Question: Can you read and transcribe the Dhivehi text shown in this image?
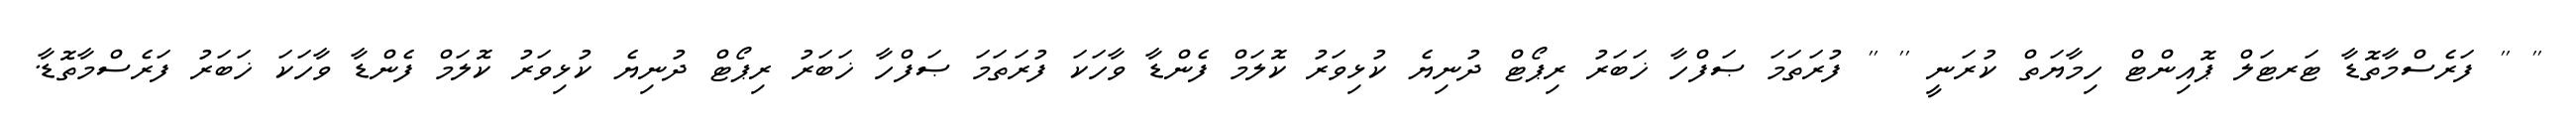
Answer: '' '' ފަރެސްމާތޮޑާ ޓަރޓަލް ޕޮއިންޓް ހިމާޔަތް ކުރަނީ '' '' ފުރަތަމަ ޞަފްހާ ޚަބަރު ރިޕޯޓް ދުނިޔެ ކުޅިވަރު ކޮލަމް ފެންޑާ ވާހަކަ ފުރަތަމަ ޞަފްހާ ޚަބަރު ރިޕޯޓް ދުނިޔެ ކުޅިވަރު ކޮލަމް ފެންޑާ ވާހަކަ ޚަބަރު ފަރެސްމާތޮޑާ.